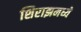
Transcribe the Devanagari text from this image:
शिराझमध्ये